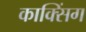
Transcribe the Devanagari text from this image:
काक्सिंग